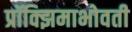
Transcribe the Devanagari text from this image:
प्रॉक्झिमाभोवती